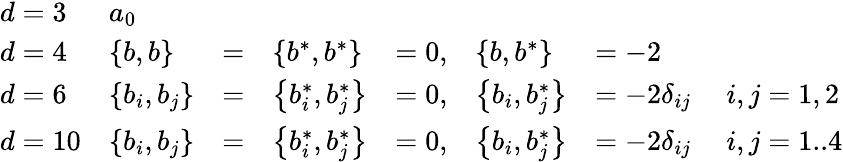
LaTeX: \begin{array}{llllllll}{{d=3}}&{{a_{0}}}&{{}}&{{}}&{{}}&{{}}&{{}}&{{\begin{array}{l}\end{array}}}\\ {{d=4}}&{{\left\{ b,b\right\} }}&{{=}}&{{\left\{ b^{*},b^{*}\right\} }}&{{=0,}}&{{\left\{ b,b^{*}\right\} }}&{{=-2}}&{{\begin{array}{l}\end{array}}}\\ {{d=6}}&{{\left\{ b_{i},b_{j}\right\} }}&{{=}}&{{\left\{ b_{i}^{*},b_{j}^{*}\right\} }}&{{=0,}}&{{\left\{ b_{i},b_{j}^{*}\right\} }}&{{=-2\delta_{ij}}}&{{\begin{array}{l}{{{\ i,j=1,2}}}\end{array}}}\\ {{d=10}}&{{\left\{ b_{i},b_{j}\right\} }}&{{=}}&{{\left\{ b_{i}^{*},b_{j}^{*}\right\} }}&{{=0,}}&{{\left\{ b_{i},b_{j}^{*}\right\} }}&{{=-2\delta_{ij}}}&{{\begin{array}{l}{{{\ i,j=1..4}}}\end{array}}}\end{array}